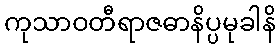
ကုသာဝတီရာဇဓာနိပ္ပမုခါနိ